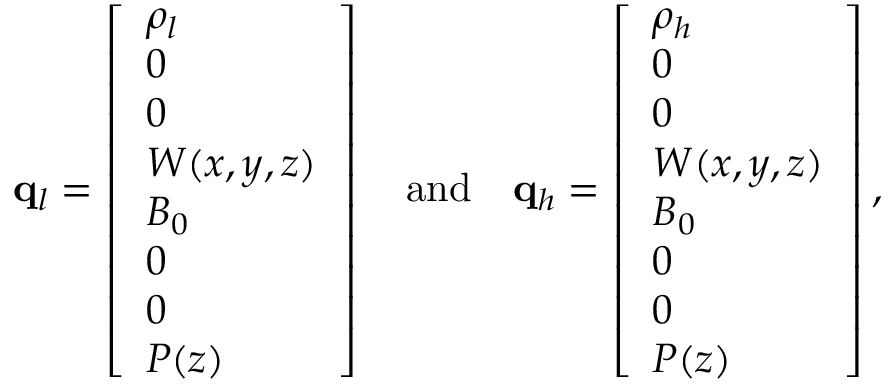
\mathbf { q } _ { l } = \left[ \begin{array} { l } { \rho _ { l } } \\ { 0 } \\ { 0 } \\ { W ( x , y , z ) } \\ { B _ { 0 } } \\ { 0 } \\ { 0 } \\ { P ( z ) } \end{array} \right] \quad \mathrm { a n d } \quad \mathbf { q } _ { h } = \left[ \begin{array} { l } { \rho _ { h } } \\ { 0 } \\ { 0 } \\ { W ( x , y , z ) } \\ { B _ { 0 } } \\ { 0 } \\ { 0 } \\ { P ( z ) } \end{array} \right] ,